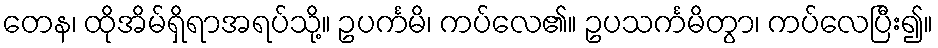
တေန၊ ထိုအိမ်ရှိရာအရပ်သို့။ ဥပင်္ကမိ၊ ကပ်လေ၏။ ဥပသင်္ကမိတွာ၊ ကပ်လေပြီး၍။